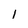
Character: l